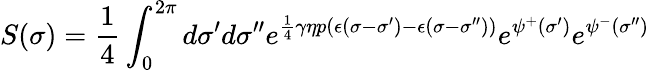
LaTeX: S(\sigma)=\frac{1}{4}\int_{0}^{2\pi}d\sigma^{\prime}d\sigma^{\prime\prime}e^{\frac{1}{4}\gamma\eta p\left(\epsilon(\sigma-\sigma^{\prime})-\epsilon(\sigma-\sigma^{\prime\prime})\right)}e^{\psi^{+}(\sigma^{\prime})}e^{\psi^{-}(\sigma^{\prime\prime})}